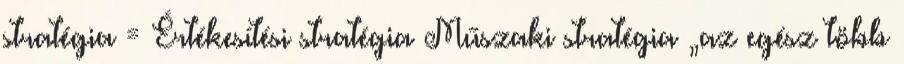
stratégia = Értékesítési stratégia Műszaki stratégia „az egész több